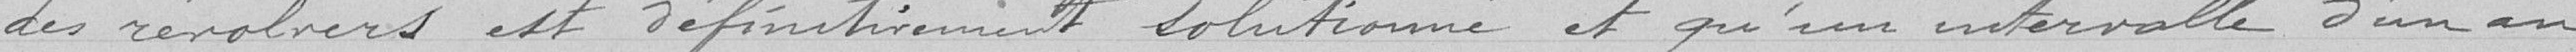
des révolvers est définitivement solutionné et qu'un intervalle d'un an